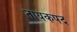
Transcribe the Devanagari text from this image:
नायकपद